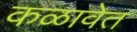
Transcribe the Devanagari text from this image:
कळावेत